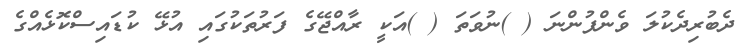
ދެބުރިދެކުލަ ވެންފުންނަ ( )ނުވަތަ ( )އަކީ ރާއްޖޭގެ ފަރުތަކުގައި އުޅޭ ކުޑައިސްކޮޅެއްގެ